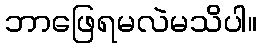
ဘာဖြေရမလဲမသိပါ။